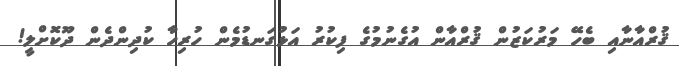
ޤުރްއާނާއި ބެހޭ މަރުކަޒުން ޤުރްއާން އުގެނުމުގެ ފިކުރު އަޅުގަނޑުމެން ހުރިހާ ކުދިންދެން ދޫކޮށްލީ!